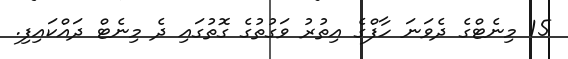
15 މިނެޓްގެ ދެވަނަ ހާފްގެ އިތުރު ވަގުތުގެ ގޮތުގައި ދެ މިނެޓް ދައްކައިފި.